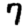
Digit: 7